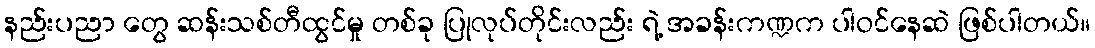
နည်းပညာ တွေ ဆန်းသစ်တီထွင်မှု တစ်ခု ပြုလုပ်တိုင်းလည်း ရဲ့ အခန်းကဏ္ဍက ပါဝင်နေဆဲ ဖြစ်ပါတယ်။